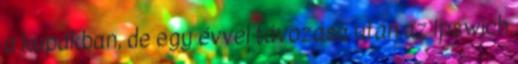
a kupákban, de egy évvel távozása után az Ipswich